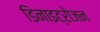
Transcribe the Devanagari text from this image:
डिनाइट्रोजन